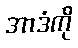
အာဒံကို